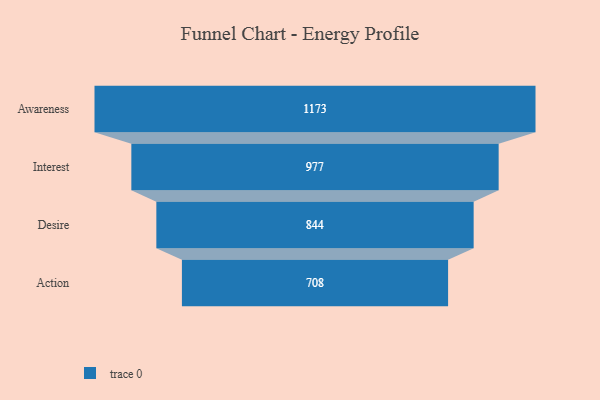
{"axis": {"x": "Stage", "y": "Value"}, "legend": [""], "data": [{"x": "Awareness", "y": 1173.0, "type": ""}, {"x": "Interest", "y": 977.0, "type": ""}, {"x": "Desire", "y": 844.0, "type": ""}, {"x": "Action", "y": 708.0, "type": ""}]}